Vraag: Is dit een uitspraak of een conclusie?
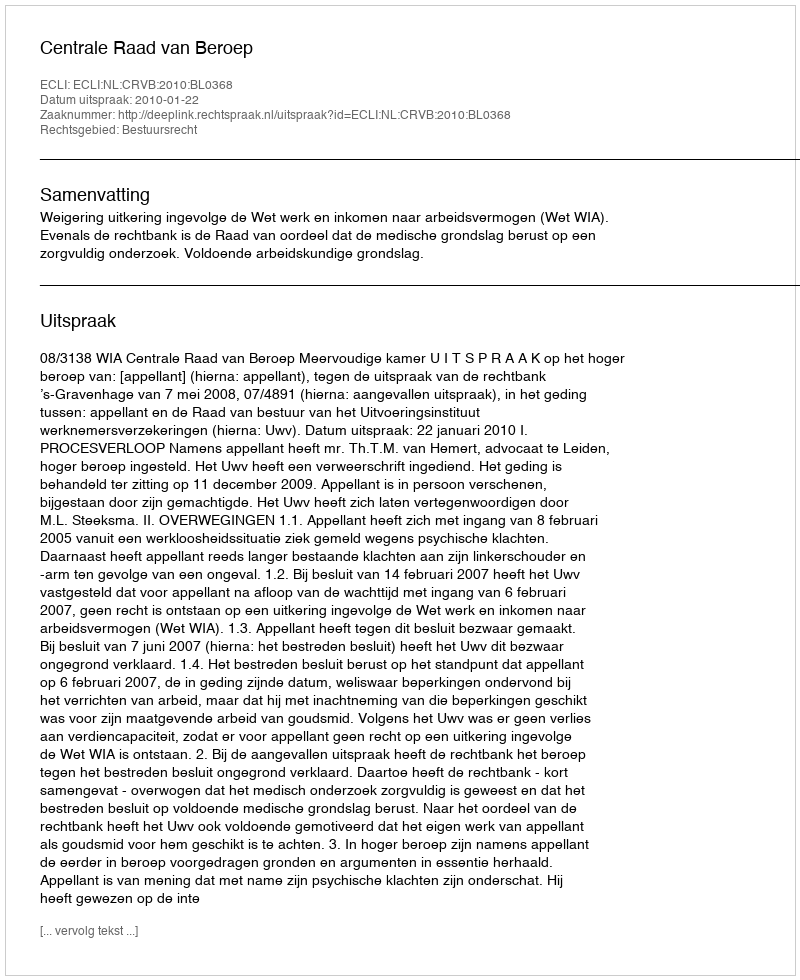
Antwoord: Uitspraak